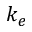
k _ { e }